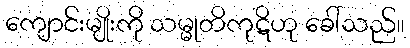
ကျောင်းမျိုးကို သမ္မုတိကုဋိဟု ခေါ်သည်။